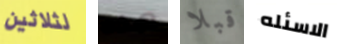
لثلاثين هذه قبلا الاسئله